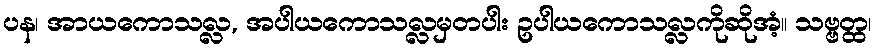
ပန၊ အာယကောသလ္လ, အပါယကောသလ္လမှတပါး ဥပါယကောသလ္လကိုဆိုအံ့။ သဗ္ဗတ္ထ၊